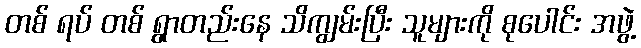
တစ် ရပ် တစ် ရွာတည်းနေ သိကျွမ်းပြီး သူများကို စုပေါင်း အဖွဲ့